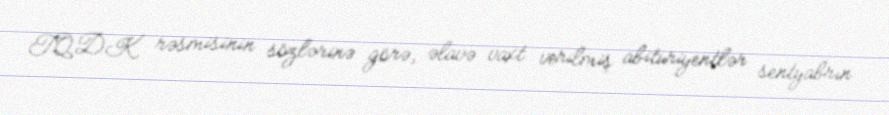
TQDK rəsmisinin sözlərinə görə, əlavə vaxt verilmiş abituriyentlər sentyabrın